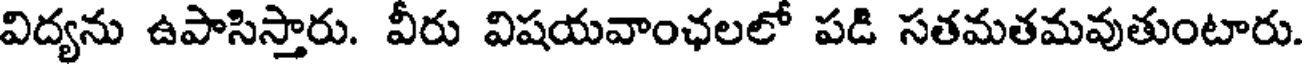
విద్యను ఉపాసిస్తారు. వీరు విషయవాంఛలలో పడి సతమతమవుతుంటారు.